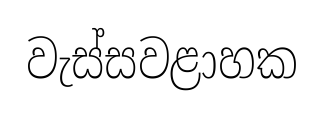
වැස්සවළාහක